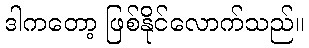
ဒါကတော့ ဖြစ်နိုင်လောက်သည်။